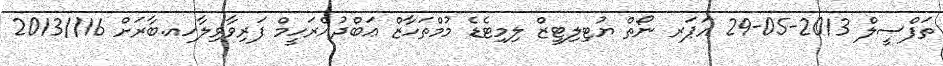
ތަފްސީލް 2013-05-29 އަޕަރ ނޯތް ޔުޓިލިޓީޒް ލިމިޓެޑެ މުމްތަހާޒް ޢަބްދުއްރަހީމް ފަރިވާވިލާހއ.ބާރަށް 16//2013